Report of the Indian Hemp Drugs Commission, 1894-1895 - Volume V
Year: 1894
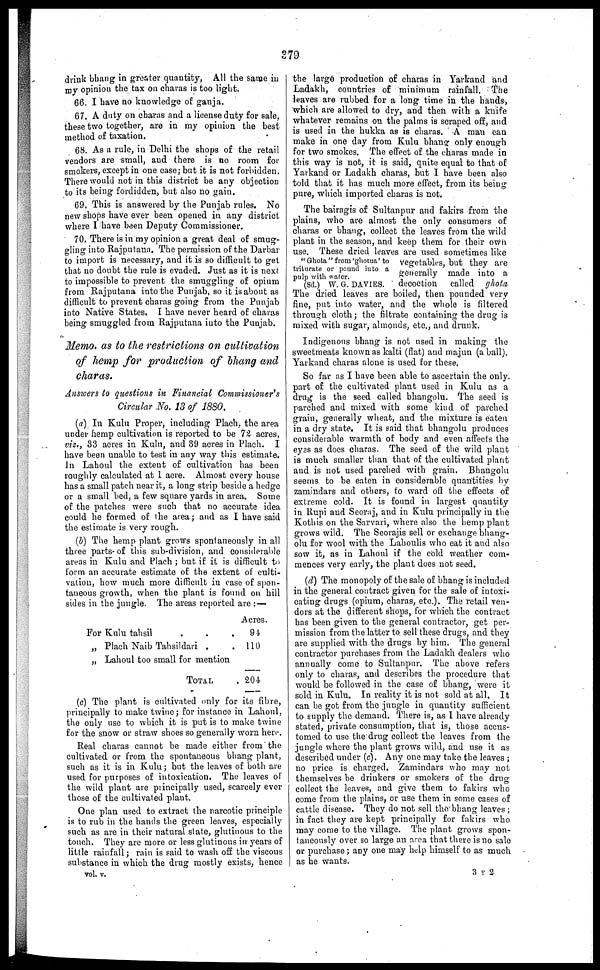
279
drink bhang in greater quantity, All the same in
my opinion the tax on charas is too light.
66. I have no knowledge of ganja.
67. A duty on charas and a license duty for sale,
these two together, are in my opinion the best
method of taxation.
68. As a rule, in Delhi the shops of the retail
vendors are small, and there is no room for
smokers, except in one case; but it is not forbidden.
There would not in this district be any objection
to its being fordidden, but also no gain.
69. This is answered by the Punjab rules. No
new shops have ever been opened in any district
where I have been Deputy Commissioner.
70. There is in my opinion a great deal of smug-
gling into Rajputana. The permission of the Darbar
to import is necessary, and it is so difficult to get
that no doubt the rule is evaded. Just as it is next
to impossible to prevent the smuggling of opium
from Rajputana into the Punjab, so it is about as
difficult to prevent charas going from the Punjab
into Native States. I have never heard of charas
being smuggled from Rajputana into the Punjab.
Memo. as to the restrictions on cultivation
of hemp for production of bhang and
charas.
Answers to questions in Financial Commissioner's
Circular No. 13 of 1880.
(a) In Kulu Proper, including Plach. the area
under hemp cultivation is reported to be 72 acres,
viz., 33 acres in Kulu, and 39 acres in Plach. I
have been unable to test in any way this estimate.
in Lahoul the extent of cultivation has been
roughly calculated at 1 acre. Almost every house
has a small patch near it, a long strip beside a hedge
or a small bed, a few square yards in area. Some
of the patches were such that no accurate idea
could he formed of the area; and as I have said
the estimate is very rough.
(5) The hemp plant grows spontaneously in all
three parts of this sub-division, and considerable
areas in Kulu and Plach ; but if it is difficult to
form an accurate estimate of the extent of culti-
vation, how much more difficult in case of spon-
taneous growth, when the plant is found on hill
sides in the jungle. The areas reported are : —
For Kulu tahsil
„ Plach Naib Tahsildari
„ Lahoul too small for mention
TOTAL .
Acres.
94
110
204
(c) The plant is cultivated only for its fibre,
principally to make twine; for instance in Lahoul,
the only use to which it is put is to make twine
for the snow or straw shoes so generally worn here.
Real charas cannot be made either from the
cultivated or from the spontaneous bhang plant,
such as it is in Kulu; but the leaves of both are
used for purposes of intoxication. The leaves of
the wild plant are principally used, scarcely ever
those of the cultivated plant.
One plan used to extract the narcotic principle
is to rub in the hands the green leaves, especially
such as are in their natural state, glutinous to the
touch. They are more or less glutinous in years of
little rainfall; rain is said to wash off the viscous
substance in which the drug mostly exists, hence
vol. v.
the large production of charas in Yarkand and
Ladakh, countries of minimum rainfall. The
leaves are rubbed for a long time in the hands,
which are allowed to dry, and then with a knife
whatever remains on the palms is scraped off, and
is used in the hukka as is charas. A man can
make in one day from Kulu bhang only enough
for two smokes. The effect of the charas made in
this way is not, it is said, quite equal to that of
Yarkand or Ladakh charas, but I have been also
told that it has much more effect, from its being
pure, which imported charas is not.
The bairagis of Sultanpur and fakirs from the
plains, who are almost the only consumers of
charas or bhang, collect the leaves from the wild
plant in the season, and keep them for their own
use. These dried leaves are used sometimes like
"Ghota" from 'ghotua' to vegetables, but they are
triturate or pound into a
pulp with water.
generally made into a
(Sd.) W. G. DAVIES. decoction called ghota,
The dried leaves are boiled, then pounded very
fine, put into water, and the whole is filtered
through cloth; the filtrate containing the drug is
mixed with sugar, almonds, etc., and drunk.
Indigenous bhang is not used in making the
sweetmeats known as kalti (flat) and majun (a ball).
Yarkand charas alone is used for these.
So far as I have been able to ascertain the only
part of the cultivated plant used in Kulu as a
drug is the seed called bhangolu. The seed is
parched and mixed with some kind of parched
grain, generally wheat, and the mixture is eaten
in a dry state. It is said that bhangolu produces
considerable warmth of body and even affects the
eyes as does charas. The seed of the wild plant
is much smaller than that of the cultivated plant
and is not used parched with grain. Bhangolu
seems to be eaten in considerable quantities by
zamindars and others, to ward off the effects of
extreme cold. It is found in largest quantity
in Rupi and Seoraj, and in Kulu principally in the
Kothis on the Sarvari, where also the hemp plant
grows wild. The Seorajis sell or exchange bhang-
olu for wool with the Lahoulis who eat it and also
sow it, as in Lahoul if the cold weather com-
mences very early, the plant does not seed.
(d) The monopoly of the sale of bhang is included
in the general contract given for the sale of intoxi-
cating drugs (opium, charas, etc.). The retail ven-
dors at the different shops, for which the contract
has been given to the general contractor, get per-
mission from the latter to. sell these drugs, and they
are supplied with the drugs by him. The general
contractor purchases from the Ladakh dealers who
annually come to Sultanpur. The above refers
only to charas, and describes the procedure that
would be followed in the case of bhang, were it
sold in Kulu. In reality it is not sold at all. It
can be got from the jungle in quantity sufficient
to supply the demand. There is, as I have already
stated, private consumption, that is, those accus-
tomed to use the drug collect the leaves from the
jungle where the plant grows wild, and use it as
described under (c). Any one may take the leaves ;
no price is charged. Zamindars who may not
themselves be drinkers or smokers of the drug
collect the leaves, and give them to fakirs who
come from the plains, or use them in some cases of
cattle disease. They do not sell the bhang leaves ;
in fact they are kept principally for fakirs who
may come to the village. The plant grows spon-
taneously over so large an area that there is no sale
or purchase; any one may help himself to as much
as he wants.
352